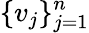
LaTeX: \{ {v}_{j}\} _{j=1}^{n}